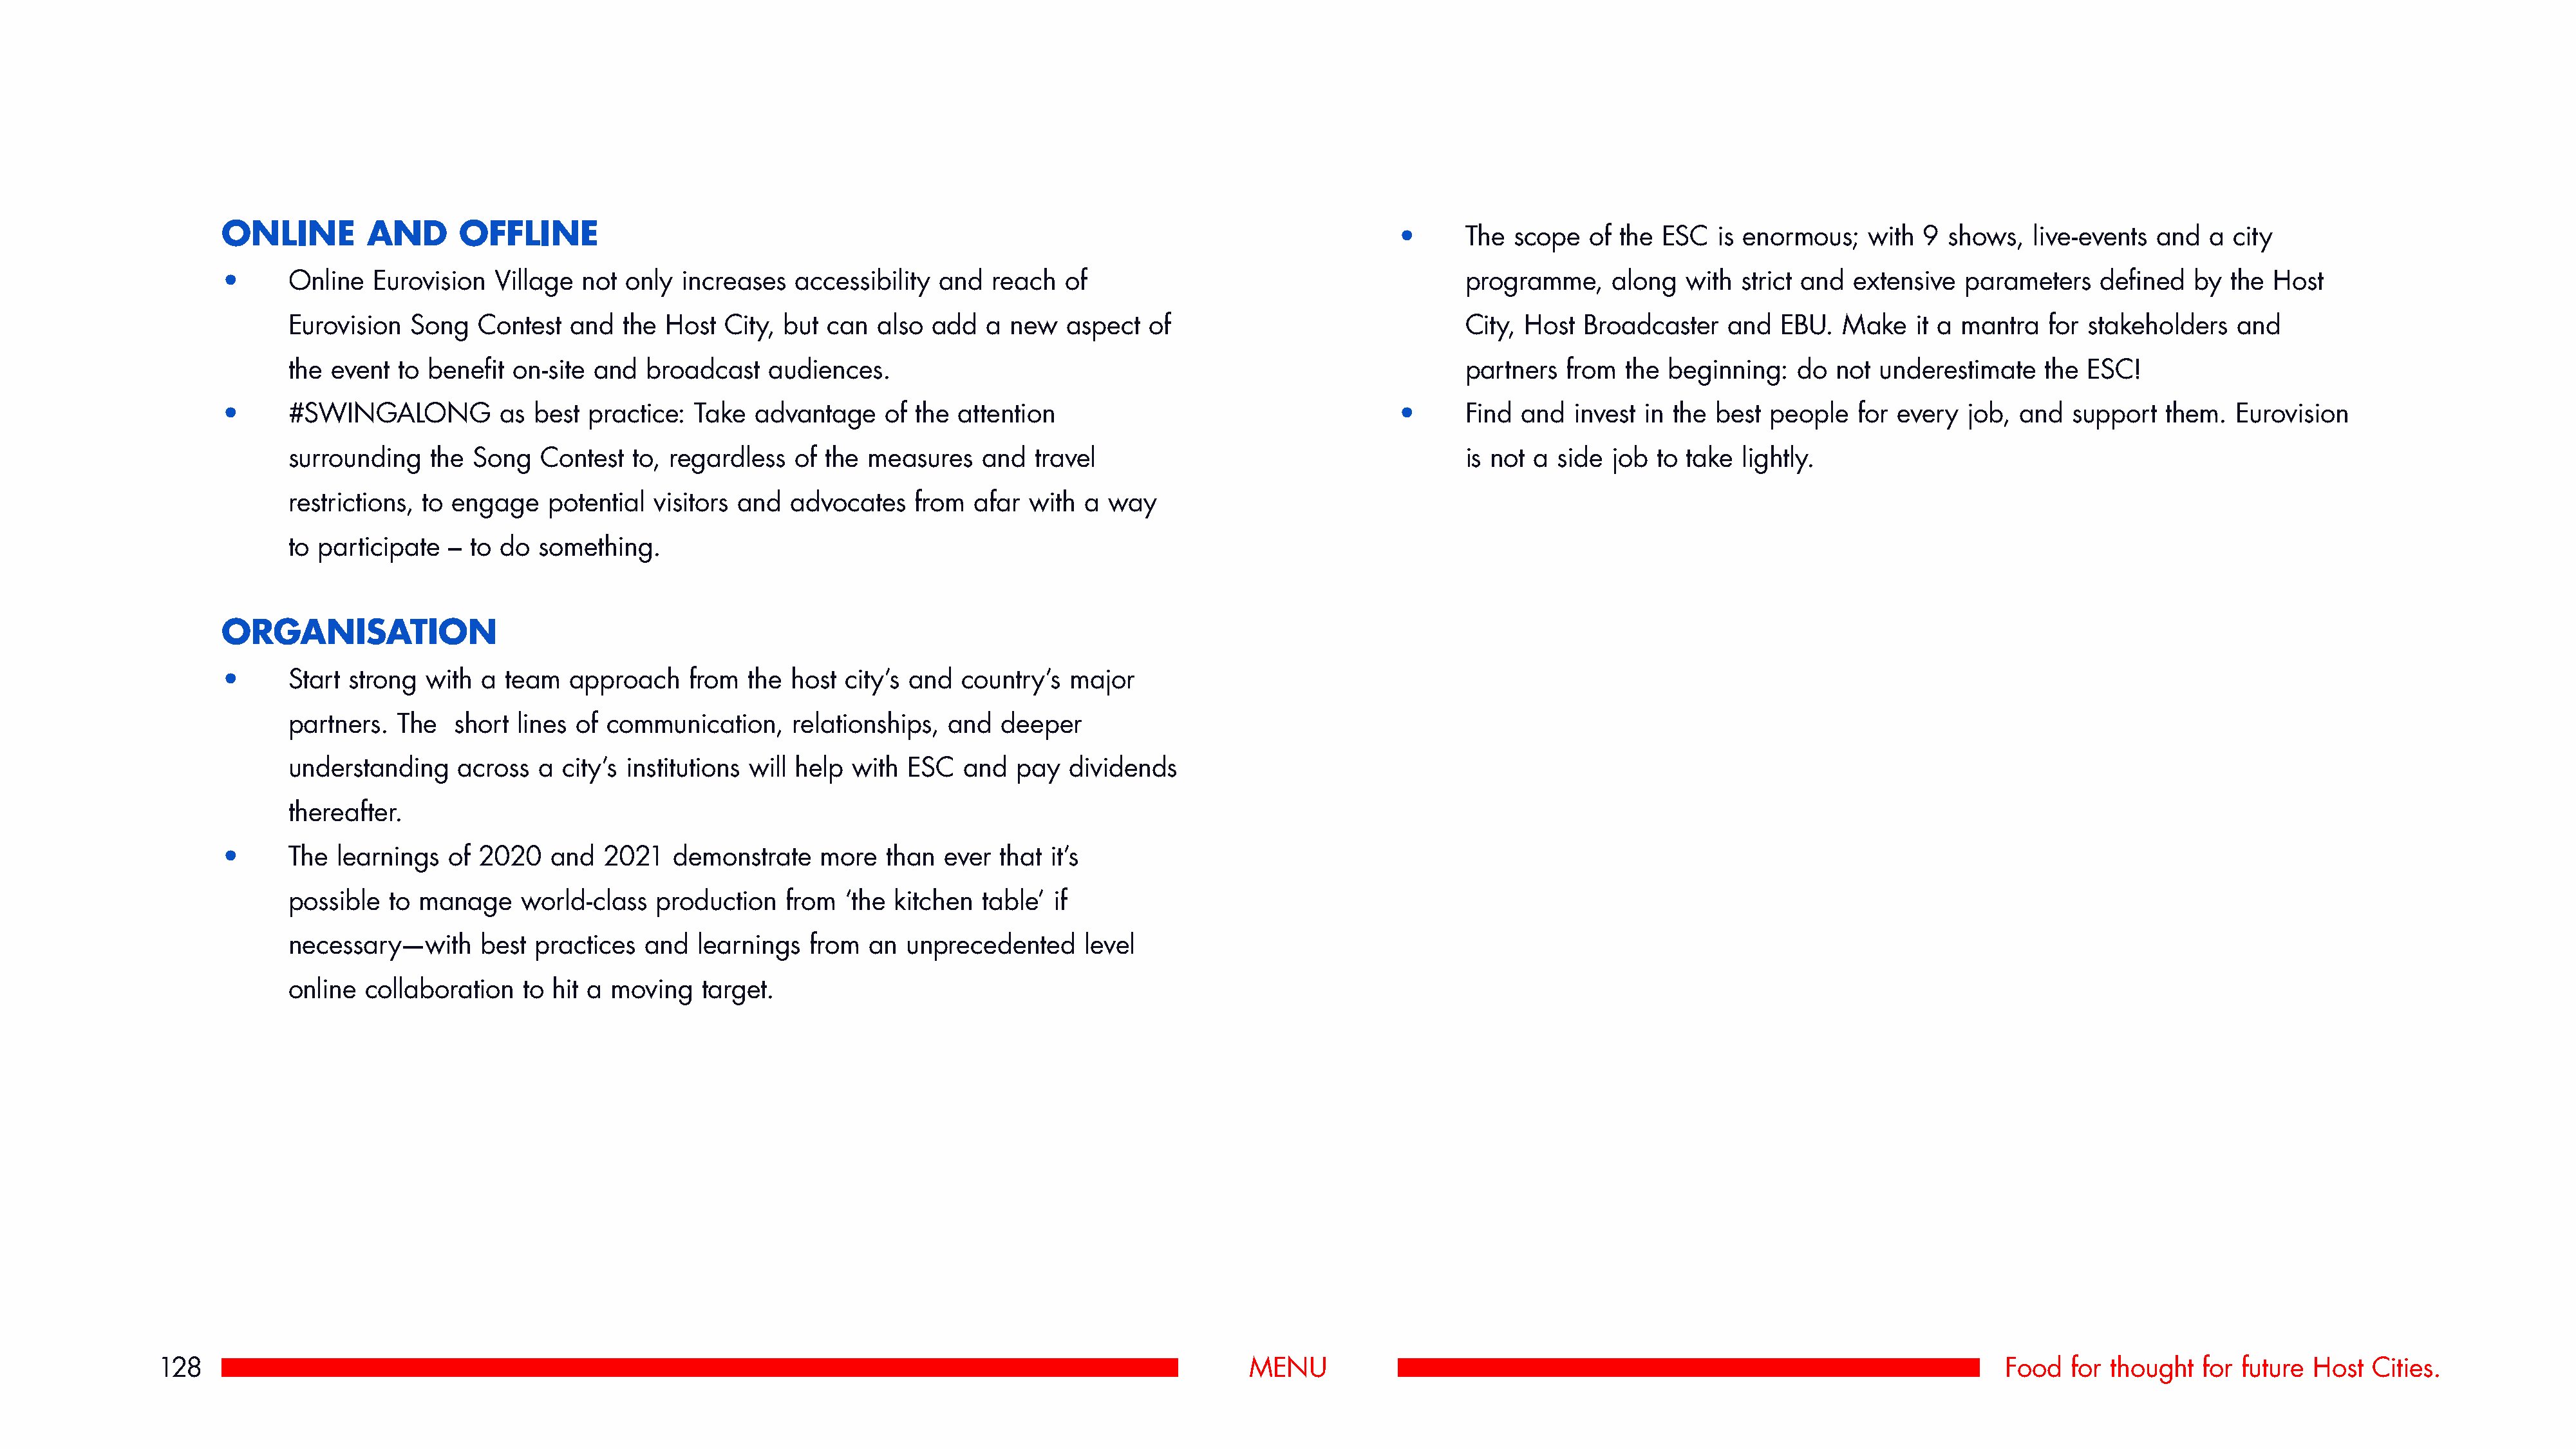
ONLINE         AND      OFFLINE
 •      The  scope  of  the ESC   is enormous;   with  9 shows,   live-events  and  a  city
 •      Online  Eurovision   Village  not only  increases   accessibility  and  reach  of                                        programme,     along  with  strict and  extensive  parameters    defined   by the  Host
 Eurovision  Song   Contest   and  the Host  City,  but can  also  add  a  new   aspect  of                               City, Host  Broadcaster    and  EBU.  Make    it a mantra   for stakeholders   and
 the event  to benefit  on-site and  broadcast    audiences.                                                              partners  from  the  beginning:   do  not underestimate    the  ESC!
 •      #SWINGALONG          as  best  practice: Take   advantage    of the attention                                     •      Find and   invest in the best  people   for every  job,  and  support   them.  Eurovision
 surrounding   the  Song   Contest  to, regardless   of the measures    and  travel                                       is not a side  job to take  lightly.
 restrictions, to engage   potential  visitors and  advocates    from  afar  with a  way
 to participate  – to do  something.
 ORGANISATION
 •      Start strong  with  a team   approach    from  the host  city’s and  country’s  major
 partners.  The   short lines of communication,     relationships,  and   deeper
 understanding    across  a  city’s institutions will help with ESC   and  pay   dividends
 thereafter.
 •      The  learnings  of 2020    and  2021   demonstrate    more   than  ever  that it’s
 possible  to manage     world-class  production    from  ‘the kitchen  table’ if
 necessary—with     best  practices  and   learnings  from  an  unprecedented     level
 online  collaboration   to hit a moving   target.
 128                                                                                                             MENU                                                                          Food   for thought  for future  Host  Cities.